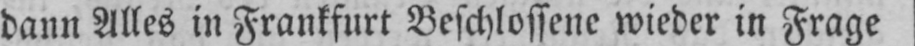
dann Alles in Frankfurt Beschlossene wieder in Frage